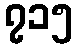
၇၁၅